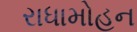
રાધામોહન